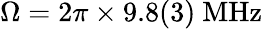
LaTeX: \Omega=2\pi\times 9.8(3)~\mathrm{MHz}